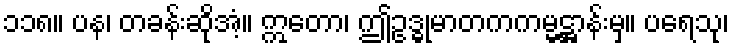
၁၁၈။ ပန၊ တခန်းဆိုအံ့။ ဣတော၊ ဤဥဒ္ဓုမာတကကမ္မဋ္ဌာန်းမှ။ ပရေသု၊